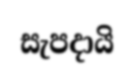
සැපදායි